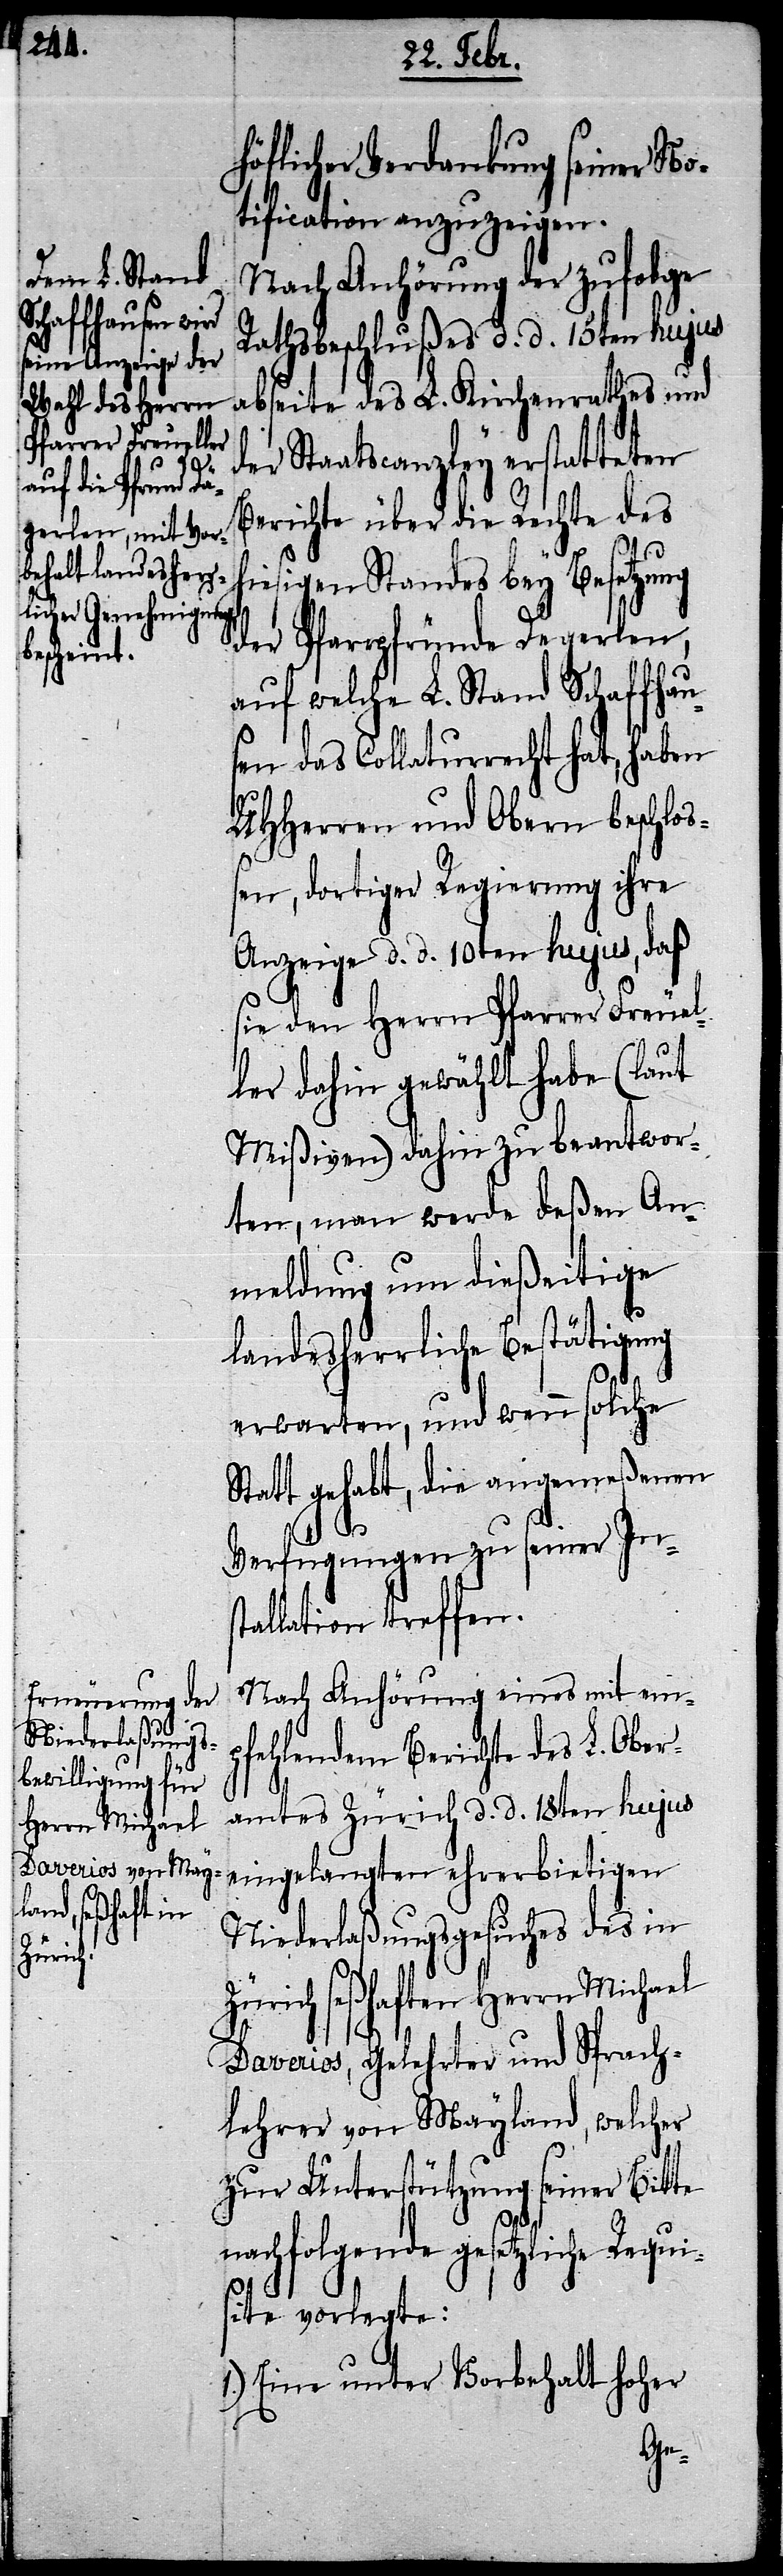
d¬
Herrn Michael
seßhaften
Zürich

höflicher Verdankung seiner No¬
tification anzuzeigen.
Nach Anhörung der zufolge
Rathsbeschlußes d. d. 15ten hujus
abseite des L. Kirchenrathes und
er Staatscanzley erstatteten
Berichte über die Rechte des
hiesigen Standes bey Besetzung
der Pfarrpfründe Degerlen,
auf welche L. Stand Schaffhau¬
sen das Collaturrecht hat, haben
UHHerren und Obern beschloß¬
en, dortiger Regierung ihre
Anzeige d. d. 10ten hujus, daß
sie den Herrn Pfarrer Freuel¬
ler dahin gewählt habe (laut
Mißiven) dahin zu beantwor¬
ten, man werde deßen An¬
meldung um dießeitige
landesherrliche Bestätigung
erwarten, und wenn solche
Statt gehabt, die angemeßenen
Verfügungen zu seiner Ins¬
tallation treffen.
Nach Anhörung eines mit em¬
pfehlendem Berichte des L. Ober¬
amtes Zürich d. d. 18ten hujus
eingelangten ehrerbietigen
Niederlaßungsgesuches des in
Daverios, Gelehrter und Sprach¬
lehrer von Mayland, welcher
zur Unterstützung seiner Bitte
nachfolgende gesetzliche Requi¬
site vorlegte:
1.) Eine unter Vorbehalt hoher